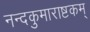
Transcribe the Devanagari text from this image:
नन्दकुमाराष्टकम्